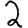
Digit: 2